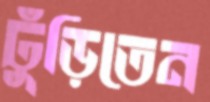
ঢুঁড়িতেন